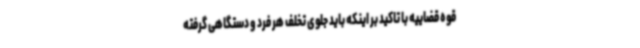
قوه قضاییه با تاکید بر اینکه باید جلوی تخلف هر فرد و دستگاهی گرفته